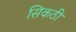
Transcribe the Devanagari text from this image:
सिकठी